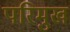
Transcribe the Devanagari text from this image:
परिमुख